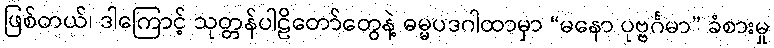
ဖြစ်တယ်၊ ဒါကြောင့် သုတ္တန်ပါဠိတော်တွေနဲ့ ဓမ္မပဒဂါထာမှာ “မနော ပုဗ္ဗင်္ဂမာ” ခံစားမှု